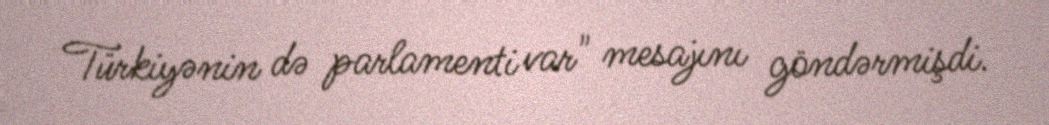
Türkiyənin də parlamenti var" mesajını göndərmişdi.